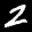
Label: 2